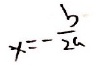
x = - \frac { b } { 2 a }